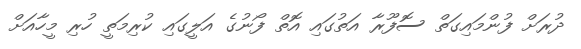
ދުރަށް ފުންމައިގަތް ސޮފޫރާ އަތުގައި އޮތް ފޯނުގެ އަލީގައި ކުރިމަތީ ހުރި މީހާއަށް